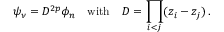
\psi _ { \nu } = D ^ { 2 p } \phi _ { n } \ \ \ \mathrm { w i t h } \ \ \ D = \prod _ { i < j } ( z _ { i } - z _ { j } ) \, .